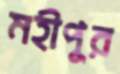
মহীপুর